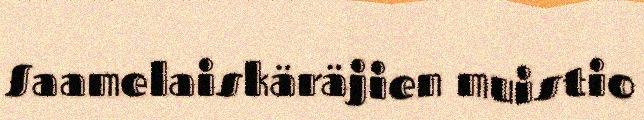
Saamelaiskäräjien muistio